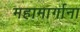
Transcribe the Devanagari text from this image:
महामार्गाना